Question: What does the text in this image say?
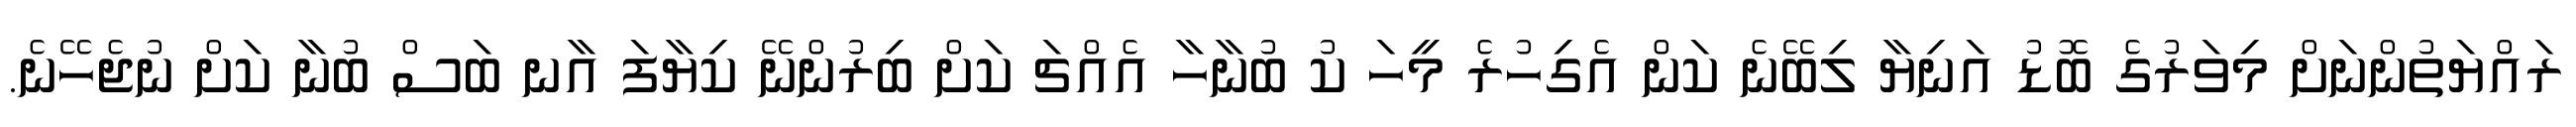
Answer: ރައްޔަތުންނަށް މިވަރުގެ ބޮޑު އަނިޔާ ލިބޭނެ ކަން އެގިހުރެ މީހަ ކު ބުނާހާ އެއްޗަ ކަށް ބިރުންނޭ ކިޔާފަ އާނ ބަސް ބުނާ ކަށް ނުޖެހޭނެ.